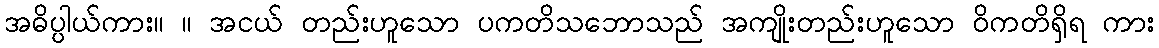
အဓိပ္ပါယ်ကား။ ။ အငယ် တည်းဟူသော ပကတိသဘောသည် အကျိုးတည်းဟူသော ဝိကတိရှိရ ကား